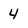
Character: 4